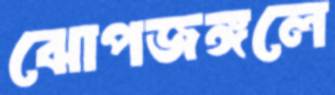
ঝোপজঙ্গলে